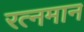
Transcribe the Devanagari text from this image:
रत्नमान